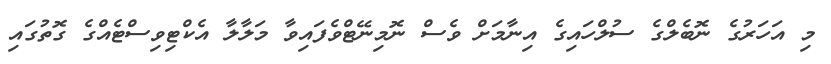
މި އަހަރުގެ ނޮބެލްގެ ސުލްހައިގެ އިނާމަށް ވެސް ނޮމިނޭޓްވެފައިވާ މަލާލާ އެކްޓިވިސްޓެއްގެ ގޮތުގައި